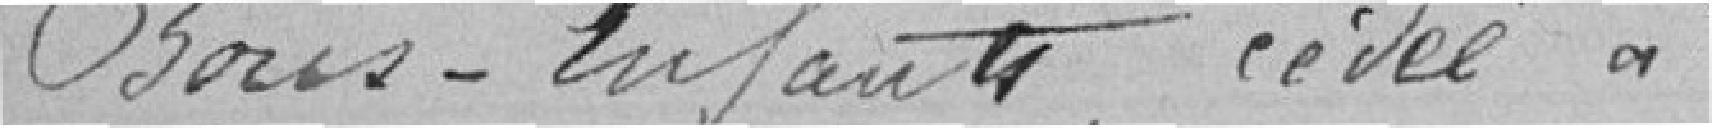
Bons-Enfants, cédée à